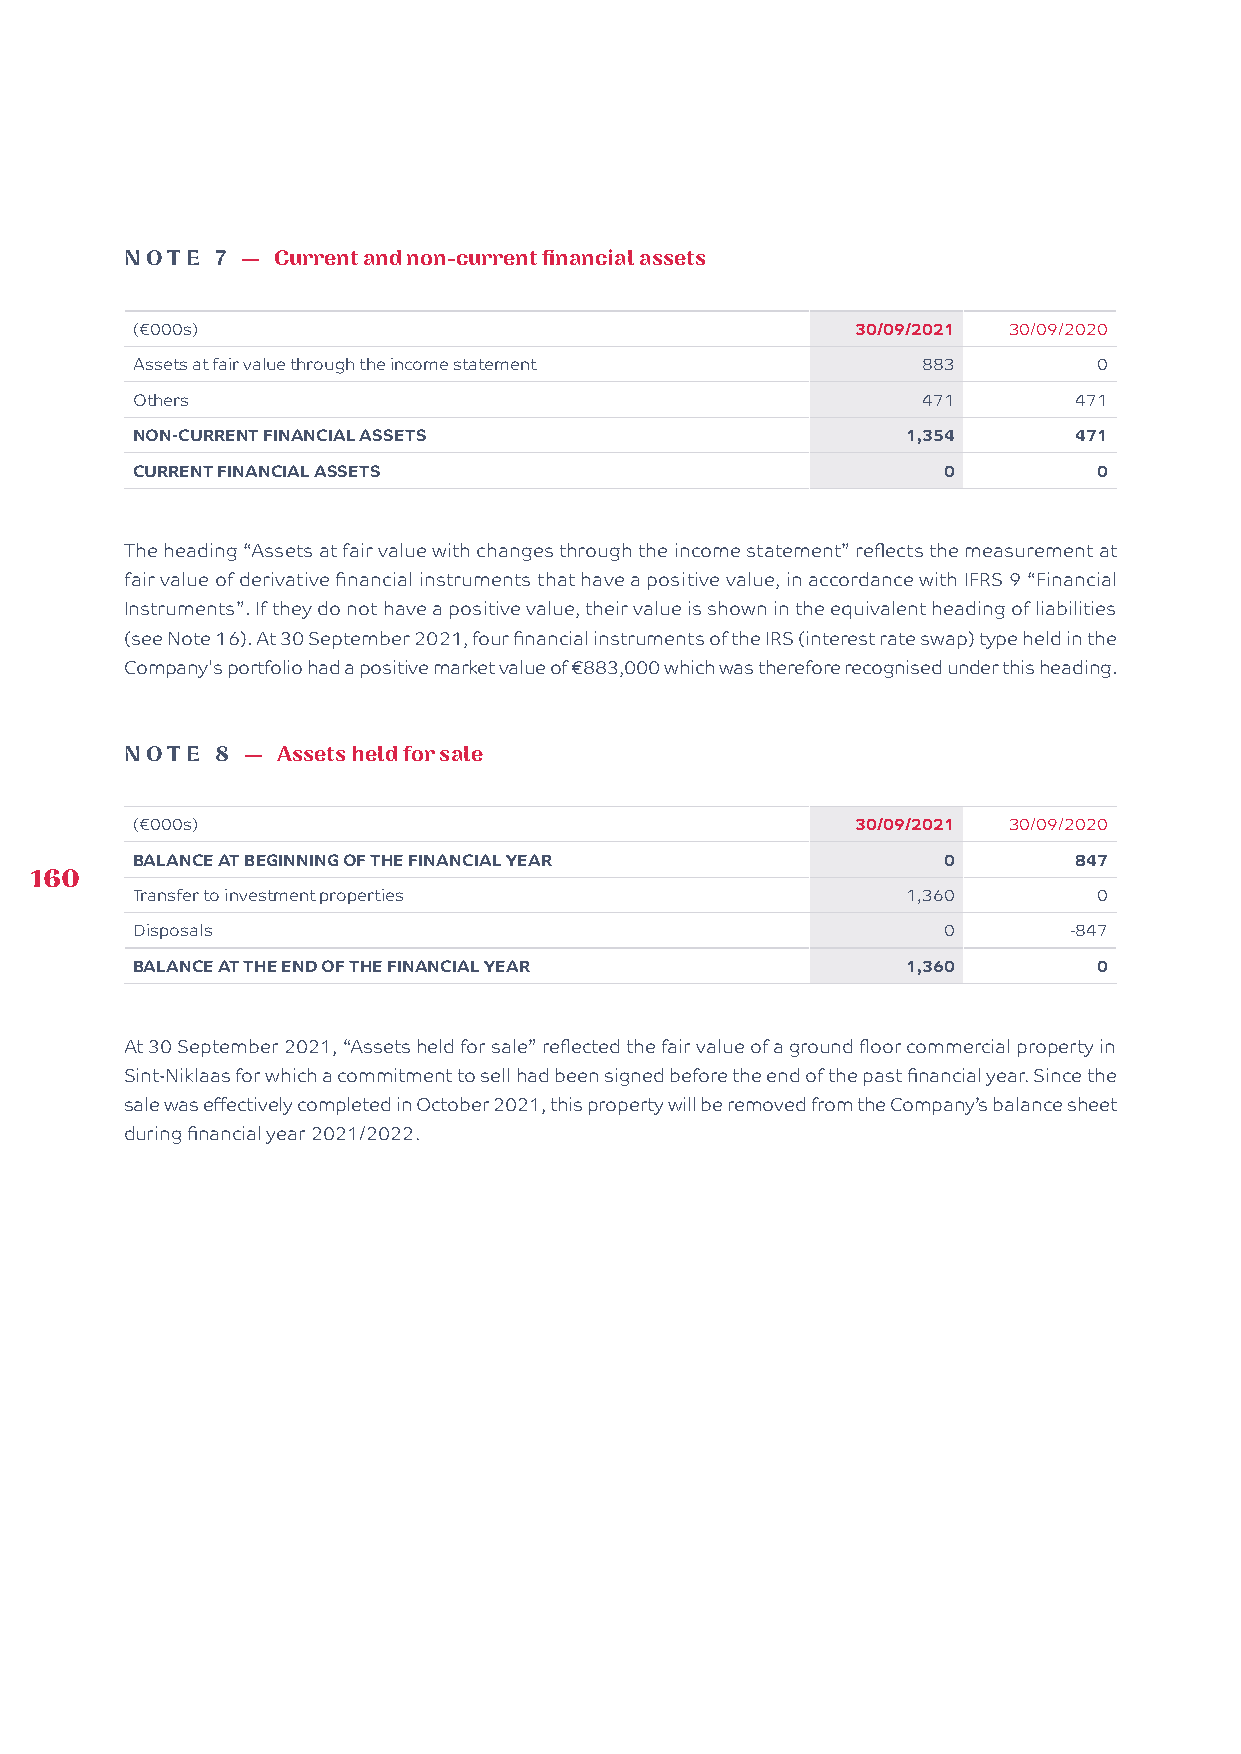
NOTE  7 — Current and non-current financial assets
 (€000s)                                         30/09/2021 30/09/2020
 Assets at fair value through the income statement   883         0
 Others                                              471       471
 NON-CURRENT FINANCIAL ASSETS                       1,354      471
 CURRENT FINANCIAL ASSETS                             0          0
 The heading “Assets at fair value with changes through the income statement” reflects the measurement at
 fair value of derivative financial instruments that have a positive value, in accordance with IFRS 9 “Financial
 Instruments”. If they do not have a positive value, their value is shown in the equivalent heading of liabilities
 (see Note 16). At 30 September 2021, four financial instruments of the IRS (interest rate swap) type held in the
 Company's portfolio had a positive market value of €883,000 which was therefore recognised under this heading.
 NOTE  8 — Assets held for sale
 (€000s)                                         30/09/2021 30/09/2020
 BALANCE AT BEGINNING OF THE FINANCIAL YEAR           0        847
 160
 Transfer to investment properties                  1,360        0
 Disposals                                            0        -847
 BALANCE AT THE END OF THE FINANCIAL YEAR           1,360        0
 At 30 September 2021, “Assets held for sale” reflected the fair value of a ground floor commercial property in
 Sint-Niklaas for which a commitment to sell had been signed before the end of the past financial year. Since the
 sale was effectively completed in October 2021, this property will be removed from the Company’s balance sheet
 during financial year 2021/2022.